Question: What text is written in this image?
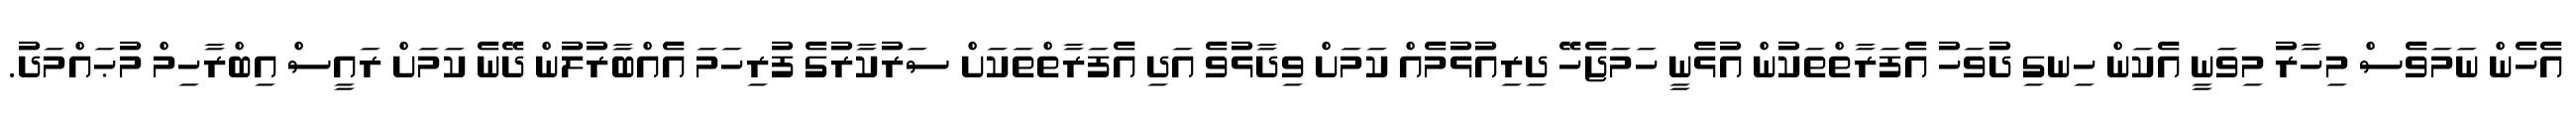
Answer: އެހެން ނަމަވެސް މިހާރު މިވަނީ އެކަން ހިނގި ދުވަހު އެފަރާތްތަކުން އުޅެނީ ހަމަޖެހޭ ދިރިއުޅުމެއް ކަމަށް ވިދާޅުވެ އަދި އެފަރާތްތަކަށް ސަރުކާރުގެ ފުރިހަމަ އެއްބާރުލުން ދޭނެ ކަމަށް ރައީސް އިބްރާހިމް މުޙައްމަދު.